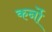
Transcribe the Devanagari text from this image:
कर्नो